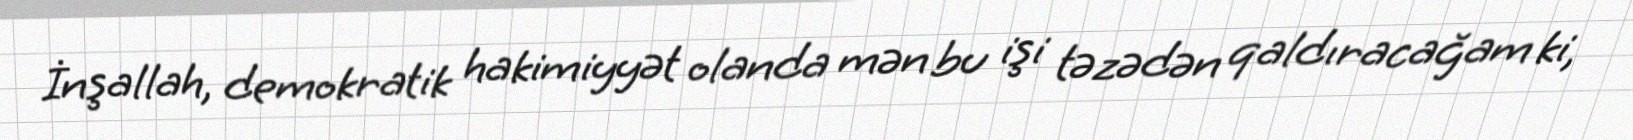
İnşallah, demokratik hakimiyyət olanda mən bu işi təzədən qaldıracağam ki,